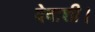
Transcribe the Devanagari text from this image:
देवाशी।